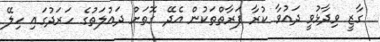
ގާޒީ ވިދާޅުވީ ދައުވާ ކުރާ ފަރާތްތަކުން އެދޭ ގޮތަށް ދައުލަތުގެ ހަރަދުގައި ހިލޭ